Annual statistical returns and brief notes on vaccination in Bengal - 1887-1898
Year: 1887
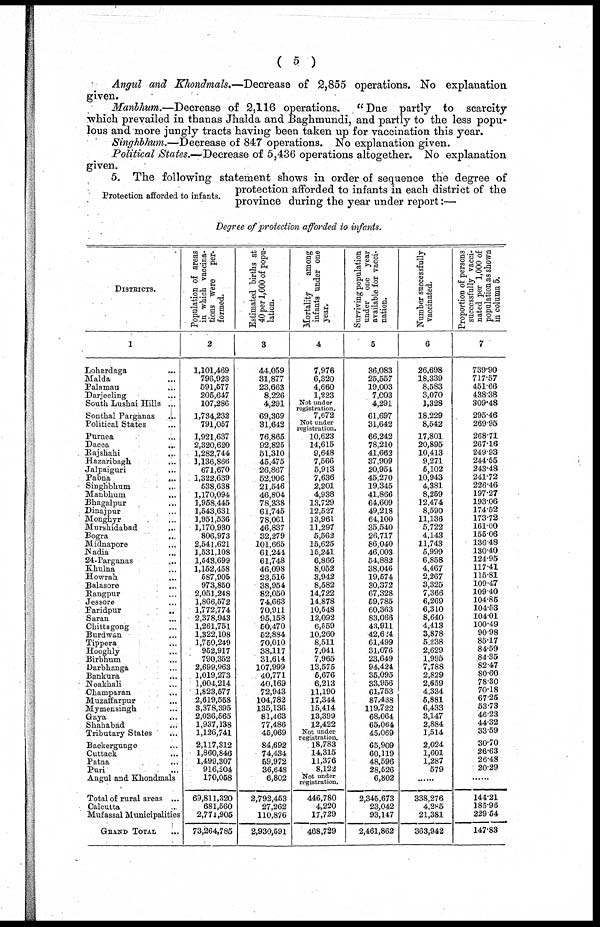
( 5 )
Angul and Khondmals.—Decrease of 2,855 operations. No explanation
given.
Manbhum.—Decrease of 2,116 operations. "Due partly to scarcity
which prevailed in thanas Jhalda and Baghmundi, and partly to the less popu-
lous and more jungly tracts having been taken up for vaccination this year.
Singhbhum.— Decrease of 847 operations. No explanation given.
Political States.—Decrease of 5,436 operations altogether. No explanation
given.
Protection afforded to infants.
5. The following statement shows in order of sequence the degree of
protection afforded to infants in each district of the
province during the year under report:—
Degree of protection afforded to infants.
DISTRICTS.
1
Lohardaga ...
Malda ...
Palamau ...
Darjeeling ...
South Lushai Hills ...
Sonthal Parganas ...
Political States ...
Purnea ...
Dacca
...
Rajshahi ...
Hazaribagh
...
Jalpaiguri ...
Pabna
...
Singhbhum ...
Manbhum ...
Bhagalpur ...
Dinajpur ...
Monghyr ...
Murshidabad ...
Bogra
...
Midnapore ...
Nadia ...
24-Parganas ...
Khulna ...
Howrah
...
Balasore ...
Rangpur ...
Jessore ...
Faridpur ...
Saran ...
Chittagong ...
Burdwan ...
Tippera ...
Hooghly ...
Birbhum ...
Darbhanga ...
Bankura ...
Noakhali ...
Champaran ...
Muzaffarpur ...
Mymensingh ...
Gaya ...
Shahabad ...
Tributary States ...
Backergunge ...
Cuttack ...
Patna
...
Puri ...
Angul and Khondmals
Total of rural areas ...
Calcutta ...
Mufassal Municipalities
GRAND TOTAL ...
Population of areas
in which vaccina¬
tions were per-
formed.
2
1,101,469
796,923
591,577
205,647
107,286
1,734,232
791,057
1,921,637
2,320,620
1,282,744
1,136,866
671,670
1,322,639
538,638
1,170,094
1,958,445
1,543,631
1,951,536
1,170,930
806,973
2,541,621
1,531,108
1,543,699
1,152,458
587,905
973,860
2,051,248
1,866,572
1,772,774
2,378,943
1,261,751
1,322,108
1,750,249
952,917
790,352
2,699,963
1,019,273
1,004,214
1,823,577
2,619,558
3,378,395
2,036,565
1,937,138
1,126,741
2,117,312
1,860,846
1,499,307
916,204
170,058
69,811,320
681,560
2,771,905
73,264,785
Estimated births at
40 per 1,000 of popu-
lation.
3
44,059
31,877
23,663
8,226
4,291
69,369
31,642
76,865
92,825
51,310
45,475
26,867
52,906
21,546
46,804
78,338
61,745
78,061
46,837
32,279
101,665
61,244
61,748
46,098
23,516
38,954
82,050
74,663
70,911
95,158
50,470
52,884
70,010
38,117
31,614
107,999
40,771
40,169
72,943
104,782
135,136
81,463
77,486
45,069
84,692
74,434
59,972
36,648
6,802
2,792,453
27,262
110,876
2,930,591
Mortality
among
infants under one
year.
4
7,976
6,320
4,660
1,223
Not under
registration.
7,672
Not under
registration.
10,623
14,615
9,648
7,566
5,913
7,636
2,201
4,938
13,729
12,527
13,961
11,297
5,562
15,625
15,241
6,866
8,052
3,942
8,582
14,722
14,878
10,548
12,092
6,559
10,260
8,511
7,041
7,965
13,575
5,676
6,213
11,190
17,344
15,414
13,399
12,422
Not under
registration.
18,783
14,315
11,376
8,122
Not under
registration.
446,780
4,220
17,729
468,729
Surviving population
under one year
available for vacci-
nation.
5
36,083
25,557
19,003
7,003
4,291
61,697
31,642
66,242
78,210
41,662
37,909
20,954
45,270
19,345
41,866
64,609
49,218
64,100
35,540
26,717
86,040
46,003
54,882
38,046
19,574
30,372
67,328
59,785
60,363
83,066
43,911
42,624
61,499
31,076
23,649
94,424
35,095
33,956
61,753
87,438
119,722
68,064
65,064
45,069
65,909
60,119
48,596
28,526
6,802
2,345,673
23,042
93,147
2,461,862
Number successfully
vaccinated.
6
26,698
18,339
8,583
3,070
1,328
18,229
8,542
17,801
20,895
10,413
9,271
5,102
10,943
4,381
8,259
12,474
8,590
11,136
5,722
4,143
11,743
5,999
6,858
4,467
2,267
3,325
7,366
6,269
6,310
8,640
4,413
3,878
5,238
2,629
1,995
7,788
2,829
2,659
4,334
5,881
6,433
3,147
2,884
1,514
2,024
1,601
1,287
579
......
338,276
4,285
21,381
363,942
Proportion of persons
successfully vacci-
nated per 1,000 of
population as shown
in column 5.
7
739.90
717.57
451.66
438.38
309.48
295.46
269.95
268.71
267.16
249.93
244.55
243.48
241.72
226.46
197.27
193.06
174.52
173.72
161.00
155.06
136.48
130.40
124.95
117.41
115.81
109.47
109.40
104.85
104.53
104.01
100.49
90.98
85.17
84.59
84.35
82.47
80.60
78.30
70.18
67.25
53.73
46.23
44.32
33.59
30.70
26.63
26.48
20.29
......
144.21
185.96
229.54
147.83